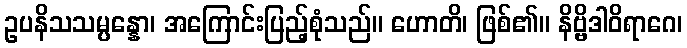
ဥပနိသသမ္ပန္နော၊ အကြောင်းပြည့်စုံသည်။ ဟောတိ၊ ဖြစ်၏။ နိဗ္ဗိဒါဝိရာဂေ၊